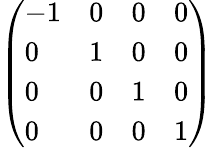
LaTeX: \left(\begin{array}{llll}{-1}&{0}&{0}&{0}\\ {0}&{1}&{0}&{0}\\ {0}&{0}&{1}&{0}\\ {0}&{0}&{0}&{1}\end{array}\right)